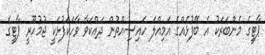
ޕާޓީގެ މެންބަރަކު އެ ބޭފުޅެއްގެ އަމިއްލަ ހައިސިއްތުން ދައްކަވާ ވާހަކަފުޅަކީ ޖުމުހޫރީ ޕާޓީގެ